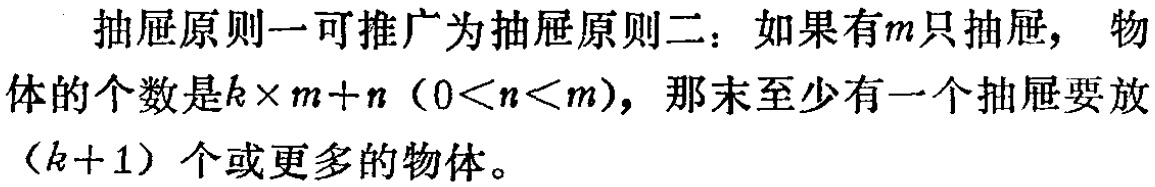
抽屉原则一可推广为抽屉原则二：如果有\(m\)只抽屉， 物体的个数是\(k\times m + n\ (0 < n < m)\)，那末至少有一个抽屉要放\((k + 1)\)个或更多的物体。